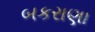
બકરાણા